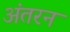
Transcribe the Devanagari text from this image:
अंतरन